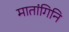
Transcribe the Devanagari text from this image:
मातांगिनि